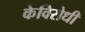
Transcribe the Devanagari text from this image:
केविरोधी